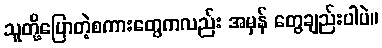
သူတို့ပြောတဲ့စကားတွေကလည်း အမှန် တွေချည်းပါပဲ။